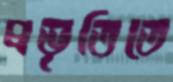
প্রভৃতিতে